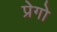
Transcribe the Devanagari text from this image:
प्रेगो